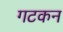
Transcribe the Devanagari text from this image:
गटकन